Report of the King Institute of Preventive Medicine, Guindy
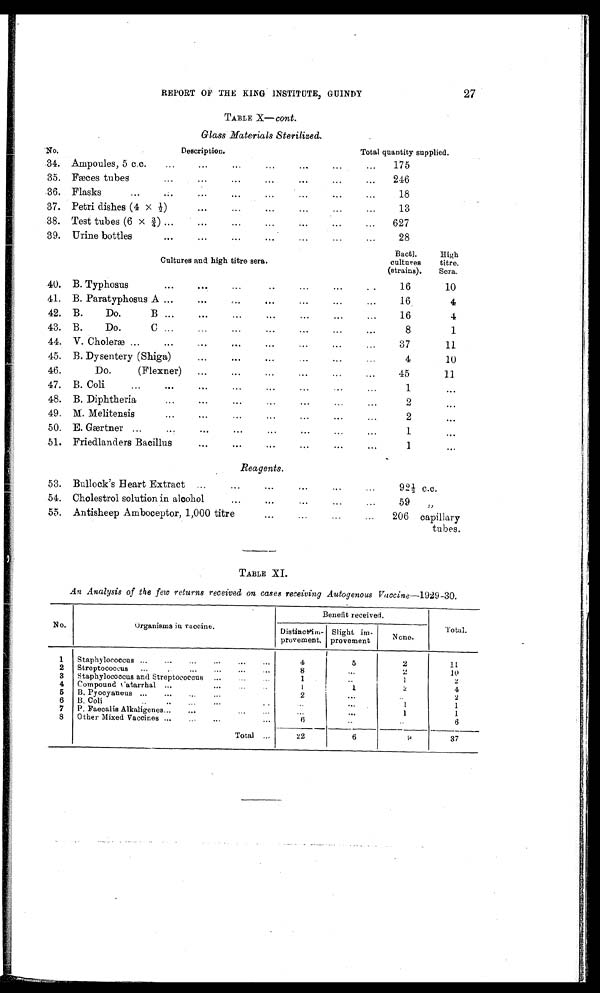
REPORT OF THE KING INSTITUTE, GUINDY
27
TABLE X— cont.
Glass Materials Sterilized.
No.
Description.
Total quantity supplied.
34.
Ampoules, 5 c.c.
...
...
...
...
...
...
...
175
3 5 .
F æ c e s t u b e s . . . . . . . . . . . . . . . . . . . . . . .
...
246
36. Flasks
...
...
...
...
...
18
37.
Petri dishes (4 x ½)
... ... ... ... ...
...
13
38.
Test tubes (6 x ¾) ...
...
...
...
...
627
39.
Urine bottles
...
...
... ... ...
...
28
Bactl.
High
Cultures and high titre sera.
cultures
titre.
(strains).
Sera.
40.
B. Typhosus
...
...
...
...
...
..
16
10
41.
B. Paratyphosus A ...
...
...
...
...
...
...
16
4
42.
B.
Do.
B ...
... ... ... ...
...
16
4
43.
B.
Do.
C ...
...
...
...
...
...
8
1
44.
V. Choleræ ...
... ... ... ... ...
...
37
11
45.
B. Dysentery (Shiga)
...
... ... ...
...
4
10
46.
Do.
(Flexner)
...
...
...
...
...
45
11
47.
B. Coli
... ... ... ... ... ...
...
1
...
48.
B. Diphtheria
...
...
...
...
...
...
2
...
49.
M. Melitensis
...
...
...
...
...
...
2
...
50.
E. Gærtner...
...
...
...
...
...
...
1
...
51. Friedlanders Bacillus
... ... ... ... ...
...
1
...
Reagents.
53.
Bullock's Heart Extract
...
...
...
..
...
92½
c.c.
54.
Cholestrol solution in alcohol...
...
...
...
...
5 9 "
55.
Antisheep Amboceptor, 1,000 titre
...
...
...
206
capillary
tubes.
TABLE XI.
An Analysis of the few returns received on cases receiving Autogenous Vaccine —1929-30.
No.
Organisms in vaccine.
Benefit received.
Total.
Distinct im-
provement.
Slight im-
provement
None.
1
Staphylococcus ...
...
...
...
4
5
2
11
2
Streptococcus
...
...
... ... ...
8
...
2
10
3
Staphylococcus and Streptococcus
...
1
..
1
2
4
Compound Catarrhal ...
...
..
1
1
2
4
5
B. Pyocyaneus ...
...
...
...
2
...
..
2
6
B. Coli .. .. ... ... ..
...
...
1
1
7
P. Faecalis Alkaligenes...
...
...
...
...
1
1
8
Other Mixed Vaccines ...
...
...
6
..
..
6
Total...
22
6
9
37